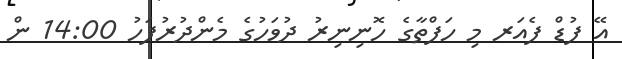
އޭ ފުޑް ފެއަރ މި ހަފްތާގެ ހޮނިނިރު ދުވަހުގެ މެންދުުރުފަހު 14:00 ން